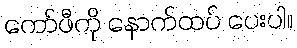
ကော်ဖီကို နောက်ထပ် ပေးပါ။